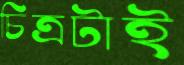
চিত্রটাই